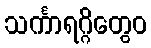
သင်္ကာရဂ္ဂိတွေဝ